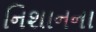
નિશાનના